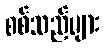
စစ်သည်များ